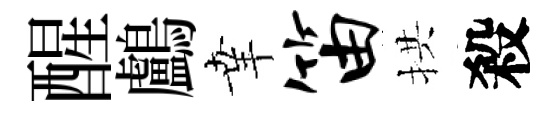
醒鸕𦍒笛拱殺